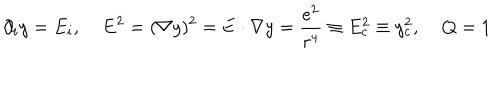
\partial _ { i } y = E _ { i } , \; { \bf E } ^ { 2 } = ( { \bf \nabla } y ) ^ { 2 } = { \bf E } \cdot { \bf \nabla } y = \frac { e ^ { 2 } } { r ^ { 4 } } \equiv E _ { c } ^ { 2 } \equiv y _ { c } ^ { 2 } , \; Q = 1